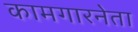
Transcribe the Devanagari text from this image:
कामगारनेता